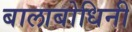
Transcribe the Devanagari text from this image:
बालाबोधिनी